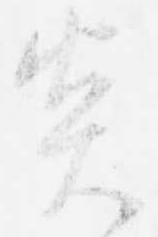
炎